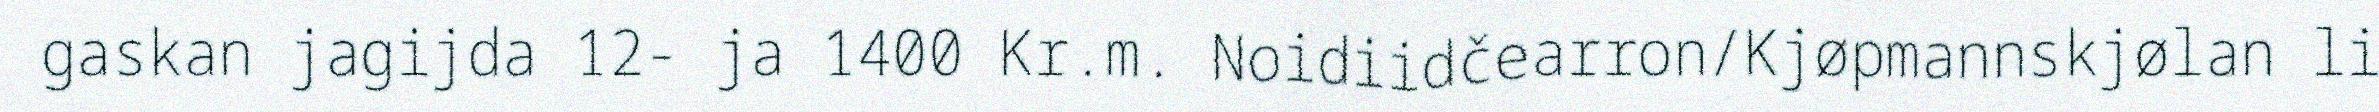
gaskan jagijda 12- ja 1400 Kr.m. Noidiidčearron/Kjøpmannskjølan li